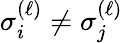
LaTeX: \sigma_{i}^{(\ell)}\neq\sigma_{j}^{(\ell)}